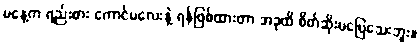
မနေ့က ရည်းစား ကောင်မလေးနဲ့ ရန်ဖြစ်ထားတာ အခုထိ စိတ်ဆိုးမပြေသေးဘူး။